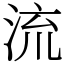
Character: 流